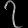
Digit: ၇